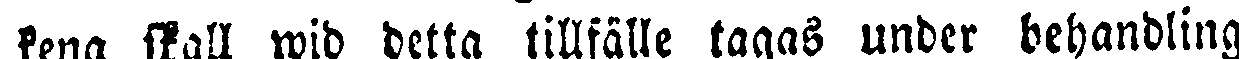
kena skall wid detta tillfälle tagas under behandling.